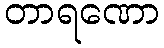
တာရဏော